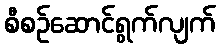
စီစဉ်ဆောင်ရွက်လျက်